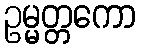
ဥမ္မတ္တကော